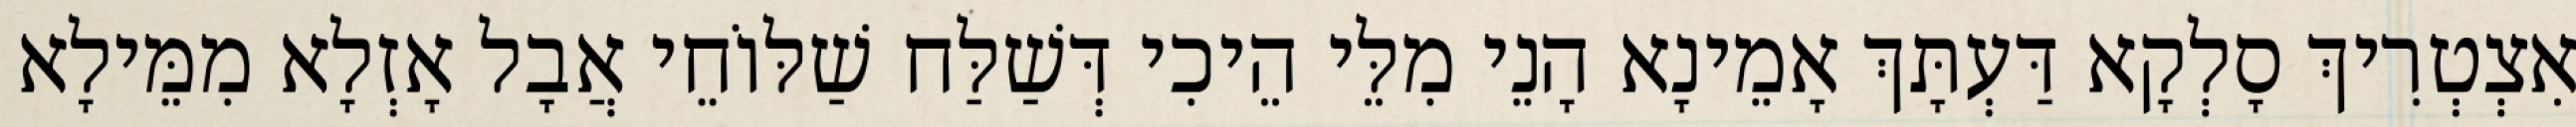
אִצְטְרִיךְ סָלְקָא דַּעְתָּךְ אָמֵינָא הָנֵי מִלֵּי הֵיכִי דְּשַׁלַּח שַׁלּוֹחֵי אֲבָל אָזְלָא מִמֵּילָא